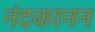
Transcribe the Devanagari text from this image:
नंदकानन